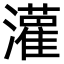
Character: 𫞞